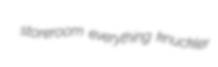
storeroom everything knuckler